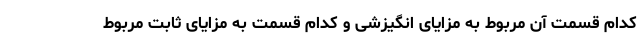
کدام قسمت آن مربوط به مزایای انگیزشی و کدام قسمت به مزایای ثابت مربوط